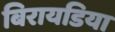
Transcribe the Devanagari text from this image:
बिरायडिया